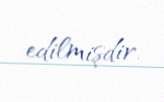
edilmişdir.